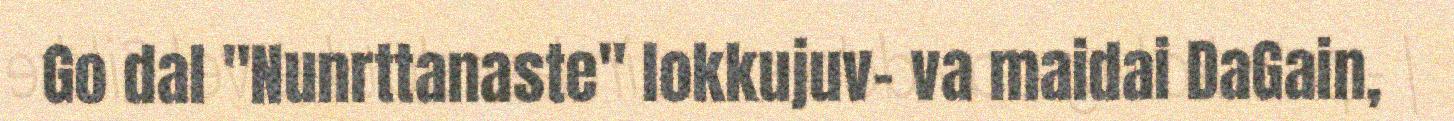
Go dal "Nunrttanaste" lokkujuv- va maidai DaGain,